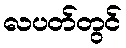
လပတ်တွင်